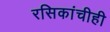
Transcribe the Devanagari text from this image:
रसिकांचीही